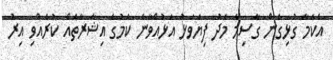
އެކަމާ ގުޅިގެން ގާސިމާ މެދު ފިޔަވަޅު އަޅުއްވާނެ ކަމުގެ އިޝާރާތެއް ކުރެއްވި އިރު